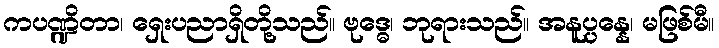
ကပဏ္ဍိတာ၊ ရှေးပညာရှိတို့သည်။ ဗုဒ္ဓေ၊ ဘုရားသည်။ အနူပ္ပန္နေ၊ မဖြစ်မီ။